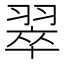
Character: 翠